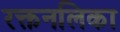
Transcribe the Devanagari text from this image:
रक्तनलिका